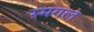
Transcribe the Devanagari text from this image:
स्मगल